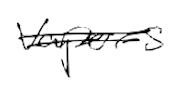
Text: vapors
Cross-out: double-line
Writing tool: digital_black